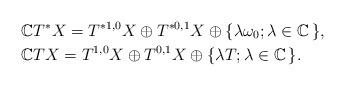
LaTeX: \begin{align*}&\mathbb{C}T^*X = T^{*1,0}X \oplus T^{*0,1}X \oplus \{ \lambda \omega_0; \lambda \in \mathbb{C} \, \}, \\&\mathbb{C}TX =T^{1,0}X \oplus T^{0,1}X \oplus \{ \lambda T; \lambda \in \mathbb{C} \, \}.\end{align*}